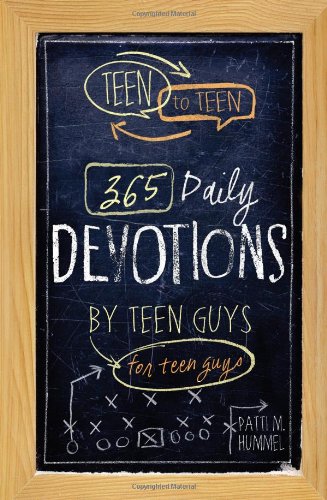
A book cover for Teen to Teen: 365 Daily Devotions by Teen Guys for Teen Guys; Christian Books & Bibles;